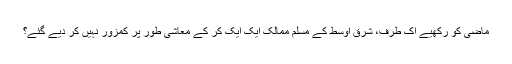
ماضی کو رکھیے اک طرف، شرق اوسط کے مسلم ممالک ایک ایک کر کے معاشی طور پر کمزور نہیں کر دیے گئے؟